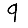
Digit: 9